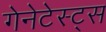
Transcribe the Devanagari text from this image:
गेनेटेस्ट्स